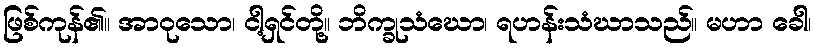
ဖြစ်ကုန်၏။ အာဝုသော၊ ငါ့ရှင်တို့။ ဘိက္ခုသံဃော၊ ရဟန်းသံဃာသည်။ မဟာ ခေါ၊